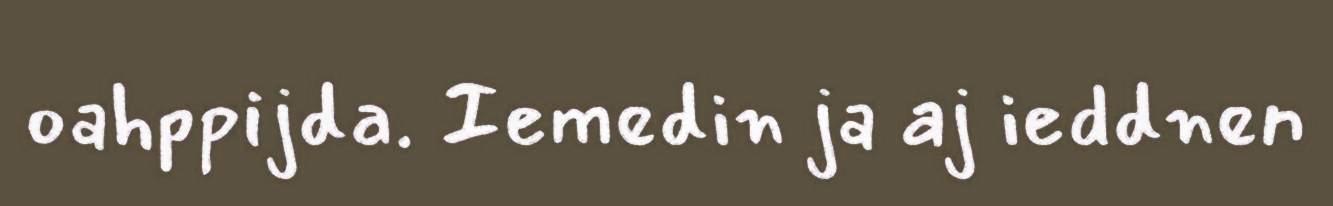
oahppijda. Iemedin ja aj ieddnen